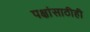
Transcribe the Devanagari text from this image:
पक्षांसाठीही